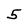
Character: 5